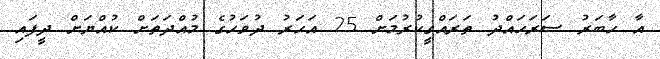
އާ ހާބަރު ސަރަހައްދު ތަރައްގީކުރުމަށް 25 އަހަރު ދުވަހުގެ މުއްދަތަށް ކުއްޔަށް ދީފައި